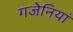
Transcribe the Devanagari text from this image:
गजेनियां